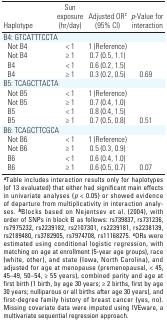
<table><thead><tr><td><b>Haplotype</b></td><td><b>Sun exposure (hr/day)</b></td><td><b>Adjusted OR<sup><i>c</i></sup> (95% CI)</b></td><td><b><i>p</i>‐Value for inter­action</b></td></tr></thead><tbody><tr><td><b>B4: GTCATTTCCTA</b></td></tr><tr><td><b>Not B4</b></td><td>&lt; 1</td><td>1 (Reference)</td></tr><tr><td><b>Not B4</b></td><td>≥ 1</td><td>0.7 (0.5, 1.1)</td></tr><tr><td><b>B4</b></td><td>&lt; 1</td><td>0.6 (0.2, 1.5)</td></tr><tr><td><b>B4</b></td><td>≥ 1</td><td>0.3 (0.2, 0.5)</td><td>0.69</td></tr><tr><td><b>B5: TCAGCTTACTA</b></td></tr><tr><td><b>Not B5</b></td><td>&lt; 1</td><td>1 (Reference)</td></tr><tr><td><b>Not B5</b></td><td>≥ 1</td><td>0.7 (0.4, 1.0)</td></tr><tr><td><b>B5</b></td><td>&lt; 1</td><td>0.8 (0.4, 1.5)</td></tr><tr><td><b>B5</b></td><td>≥ 1</td><td>0.7 (0.5, 0.8)</td><td>0.51</td></tr><tr><td><b>B6: TCAGCTTCGCA</b></td></tr><tr><td><b>Not B6</b></td><td>&lt; 1</td><td>1 (Reference)</td></tr><tr><td><b>Not B6</b></td><td>≥ 1</td><td>0.5 (0.3, 0.9)</td></tr><tr><td><b>B6</b></td><td>&lt; 1</td><td>0.6 (0.4, 1.0)</td></tr><tr><td><b>B6</b></td><td>≥ 1</td><td>0.6 (0.5, 0.7)</td><td>0.07</td></tr></tbody></table>